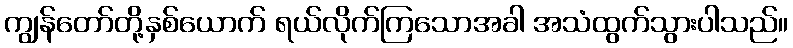
ကျွန်တော်တို့နှစ်ယောက် ရယ်လိုက်ကြသောအခါ အသံထွက်သွားပါသည်။